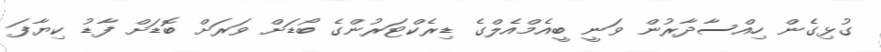
ގުޅިގެން ހިއްސާދާރުން ވަނީ ބީއެމްއެލްގެ ޑިރެކްޓަރުންގެ ބޯޑަށް ވަރަށް ބޮޑަށް ފާޑު ކިޔާފަ